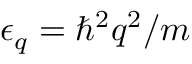
\epsilon _ { q } = \hbar ^ { 2 } q ^ { 2 } / m